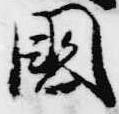
国